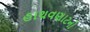
હાથવણાટનો